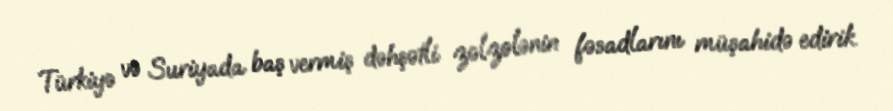
Türkiyə və Suriyada baş vermiş dəhşətli zəlzələnin fəsadlarını müşahidə edirik.